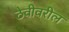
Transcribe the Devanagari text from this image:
ठेवीवरील